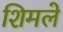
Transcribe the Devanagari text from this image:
शिमले